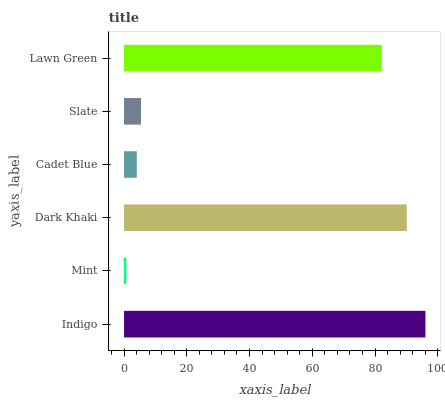
| yaxis_label | bars |
 | --- | --- |
 | Indigo | 96.1 |
 | Mint | 0.751 |
 | Dark Khaki | 90.1 |
 | Cadet Blue | 4.08 |
 | Slate | 5.41 |
 | Lawn Green | 82.2 |